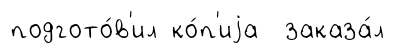
подгото́в'ил ко́п'иjа заказа́л